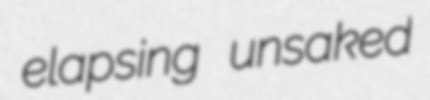
elapsing unsaked